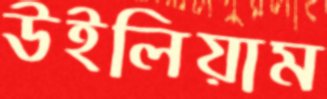
উইলিয়াম